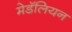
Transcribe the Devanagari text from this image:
मेडॅलियन